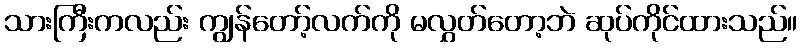
သားကြီးကလည်း ကျွန်တော့်လက်ကို မလွှတ်တော့ဘဲ ဆုပ်ကိုင်ထားသည်။